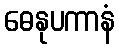
ဓေနုပကာနံ